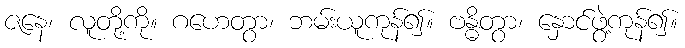
ဇနေ၊ လူတို့ကို။ ဂဟေတွာ၊ ဘမ်းယူကုန်၍။ ဗန္ဓိတွာ၊ နှောင်ဖွဲ့ကုန်၍။